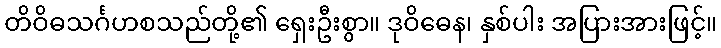
တိဝိဓသင်္ဂဟစသည်တို့၏ ရှေးဦးစွာ။ ဒုဝိဓေန၊ နှစ်ပါး အပြားအားဖြင့်။